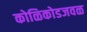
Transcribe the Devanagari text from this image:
कोळिकोडजवळ